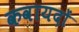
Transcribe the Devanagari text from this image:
कवायदों